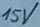
Text: 15V